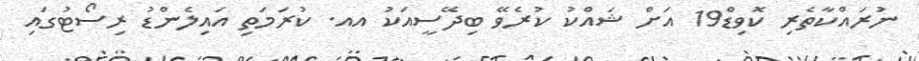
ނުރައްކާތެރި ކޮވިޑް19 އަށް ޝައްކު ކުރެވޭ ބިދޭސީއަކު އއ. ކުރަމަތި އައިލެންޑު ރިސޯޓުގައި